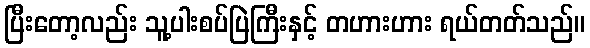
ပြီးတော့လည်း သူ့ပါးစပ်ပြဲကြီးနှင့် တဟားဟား ရယ်တတ်သည်။